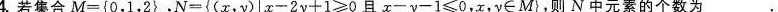
4.若集合M={0，1，2}，N={(x，y ) | x - 2 _ { y + 1 ≥ 0 且 x - y - 1 ≤ 0，x，y∈M}，则N中元素的个数为________。